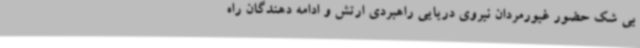
بی شک حضور غیورمردان نیروی دریایی راهبردی ارتش و ادامه دهندگان راه